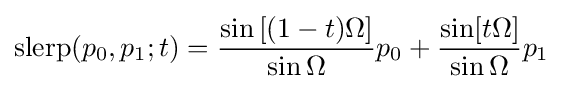
\operatorname {slerp} (p_{0},p_{1};t)={\frac {\sin {[(1-t)\Omega }]}{\sin \Omega }}p_{0}+{\frac {\sin[t\Omega ]}{\sin \Omega }}p_{1}